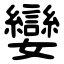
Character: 孌